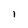
Character: 1